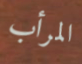
المرأب